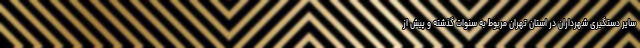
سایر دستگیری شهرداران در استان تهران مربوط به سنوات گذشته و پیش از